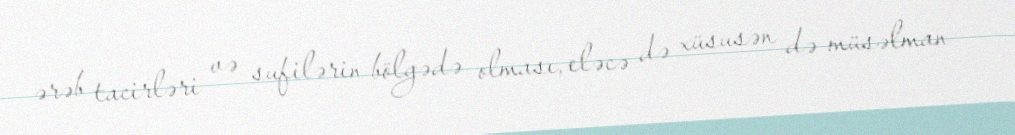
ərəb tacirləri və sufilərin bölgədə olması, eləcə də xüsusən də müsəlman